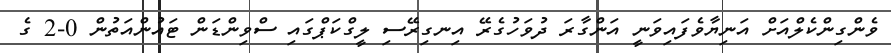
ވެންގިންކެލްއަށް އަނިޔާވެފައިވަނީ އަންގާރަ ދުވަހުގެރޭ އިނގިރޭސި ލީގްކަޕްގައި ސްވިންޑަން ޓައުންއަތުން 0-2 ގެ